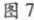
图7